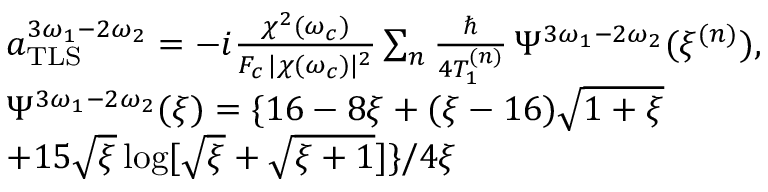
\begin{array} { r l } & { a _ { \mathrm { T L S } } ^ { 3 \omega _ { 1 } - 2 \omega _ { 2 } } = - i \frac { \chi ^ { 2 } ( \omega _ { c } ) } { F _ { c } \, | \chi ( \omega _ { c } ) | ^ { 2 } } \sum _ { n } \frac { \hbar } { 4 T _ { 1 } ^ { ( n ) } } \, \Psi ^ { 3 \omega _ { 1 } - 2 \omega _ { 2 } } ( \xi ^ { ( n ) } ) , } \\ & { \Psi ^ { 3 \omega _ { 1 } - 2 \omega _ { 2 } } ( \xi ) = \{ 1 6 - 8 \xi + ( \xi - 1 6 ) \sqrt { 1 + \xi } } \\ & { + 1 5 \sqrt { \xi } \log [ \sqrt { \xi } + \sqrt { \xi + 1 } ] \} / 4 \xi } \end{array}